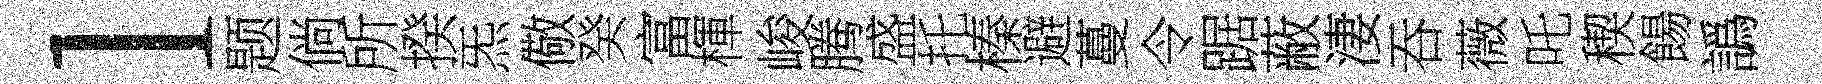
l题倘所揆炁儆癸富楎峻腾盛托榛避蔓令踞蔽淒吞薇吒稧餳譌